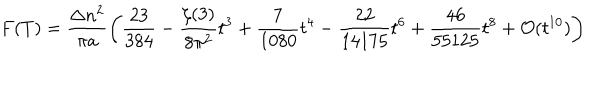
F ( T ) = \frac { \Delta n ^ { 2 } } { \pi a } \left( \frac { 2 3 } { 3 8 4 } - \frac { \zeta ( 3 ) } { 8 \pi ^ { 2 } } t ^ { 3 } + \frac { 7 } { 1 0 8 0 } t ^ { 4 } - \frac { 2 2 } { 1 4 1 7 5 } t ^ { 6 } + \frac { 4 6 } { 5 5 1 2 5 } t ^ { 8 } + { \cal O } ( t ^ { 1 0 } ) \right)